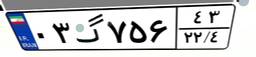
۰۳گ۷۵۶۴۳